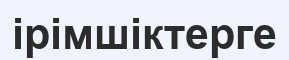
ірімшіктерге